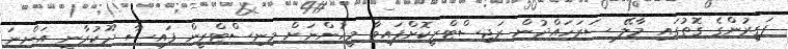
ފަގީރުންގެ ގޮތުގައި މާލޭ ސަރަހައްދުން ރަޖިސްޓްރީކޮށްފައިވާ މީހުންނަށް މިނިސްޓްރީން ފައިސާ ދޫކުރާނީ އަންނަ